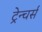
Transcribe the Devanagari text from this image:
ट्रेन्चर्स